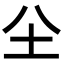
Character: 𡉀